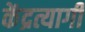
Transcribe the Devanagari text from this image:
केंद्रत्यागी